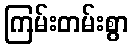
ကြမ်းတမ်းစွာ